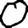
Digit: 0